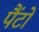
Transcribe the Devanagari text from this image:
पैंटों